Annual report on the Civil Veterinary Department, Burma (including the Insein Veterinary School) - 1910-1922
Year: 1910
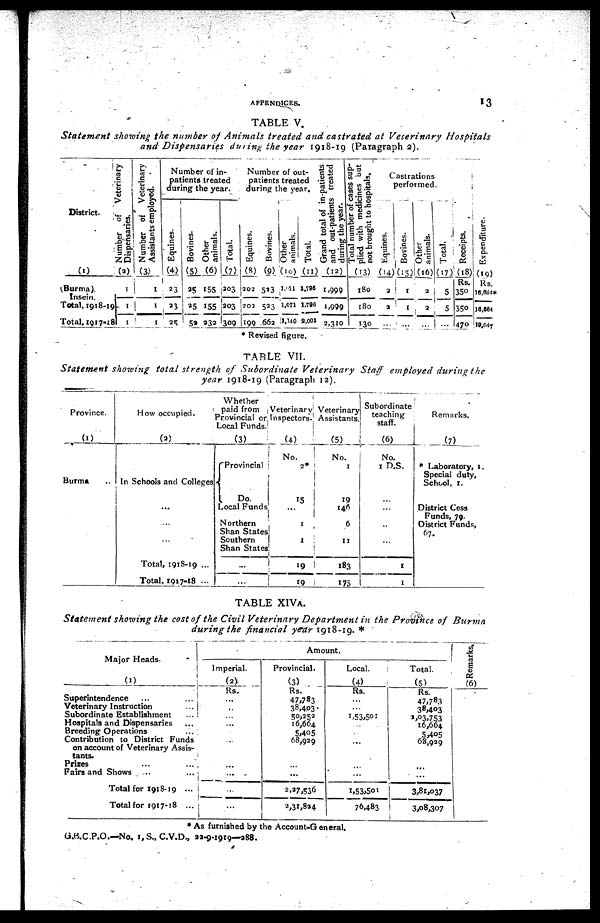
APPENDICES.
13
TABLE V.
Statement
showing the number of Animals treated and castrated at Veterinary
Hospitals
and Dispensaries during the year 1918-19 (Paragraph 2).
District.
(1)
(Burma).
Total, 1918-19
Total, 1917-18
Number of veterinary
Dispensaries.
(2)
1
1
1
Number of Veterinary
Assistants employed.
(3)
1
1
1
Number of in-
patients treated
during the year.
Equines.
(4)
23
23
25
Bovines.
(5)
25
25
52
Other
animals.
(6)
155
155
232
Total.
(7)
203
203
309
Number of out-
patients treated
during the year.
Equines.
(8)
302
202
199
Bovines.
(9)
523
523
663
Other
animals.
(10)
1,171
1,071
1,140
Total.
(11)
1,798
1,700
9,001
Grand total of in-patients
and out-patients treated
during the year.
(12)
1,999
1,999
2,310
Total number of cases sup-
plied with medicines but
not brought to hospitals.
(13)
180
t8o
130
Castrations
performed
Equines.
(14)
2
2
...
Bovines.
(15)
1
1
...
Other
animals.
(16)
3
2
...
Total.
(17)
5
5
...
...
Receipts.
(18)
Rs.
350
350
470
Expenditure.
(19)
Rs.
16,664*
16,664
19,647
* Revised figure.
TABLE VII.
Statement showing total strength of Subordinate
Veterinary
Staff employed during the
year 1918-19 (Paragraph 12).
Province.
(1)
Burma ...
How occupied.
(2)
In Schools and Colleges
...
...
...
Total, 1918-19 ...
Total, 1917-18 ...
Whether
paid from
Provincial or
Local Funds
(3)
Provincial
Do.
Local Funds
Northern
Shan States
Southern
Shan States
...
...
Veterinary
Inspectors.
(4)
No.
2*
15
...
1
1
19
19
Veterinary
Assistants.
(5)
No.
1
19
146
6
11
183
175
Subordinate
teaching
staff.
(6)
No.
1 D.S.
...
...
...
...
I
1
Remarks.
(7)
* Laboratory, 1.
Special duty,
School, 1.
District Cess
Funds, 79.
District Funds,
67.
TABLE XIVA.
Statement showing the cost of the Civil Veterinary Department in the Province of Burma
during the financial year 1918-19. *
Major Heads.
(1)
Superintendence ... ...
Veterinary Instruction ...
Subordinate Establishment ...
Hospitals and Dispensaries ...
Breeding Operations ...
Contribution to District Funds
on account of Veterinary Assis-
tants.
Prizes ... ...
Fairs and Shows ... ...
Total for 1918-19 ...
Total for 1917-18 ...
Amount.
Imperial.
(2)
Rs.
...
...
...
...
...
...
...
...
...
Provincial.
(3)
Rs.
47,783
38,403
50,252
16,664
5,405
68,929
...
...
2,27,536
2,31,824
Local.
(4)
Rs.
...
...
1,53,501
...
...
...
1,53,501
76,483
Total.
(5)
Rs.
47,783
38,403
2,03,753
16,664
5,405
68,929
...
...
3,81,037
3,08,307
Remarks.
(6)
* As furnished by the Account-General.
G.B.C.P.O.—No. 1, S., C.V.D., 22-9-1919—288.